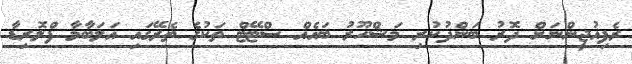
ރެފިއުޖީންނަށް ދޮރު ބަންދުކުރި މަޝްހޫރު ބައެއް ސްޓޭޓް ތަކުގެ ތެރޭގައި އަލަބާމާ ފްލޮރިޑާ